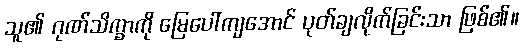
သူ၏ ဂုဏ်သိက္ခာကို မြေပေါ်ကျအောင် ပုတ်ချလိုက်ခြင်းသာ ဖြစ်၏။